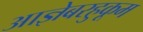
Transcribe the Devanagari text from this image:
आज्ञेबरहुकूम